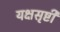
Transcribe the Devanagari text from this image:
यक्षसृष्टी